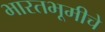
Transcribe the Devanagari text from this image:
भारतभूमीचे